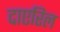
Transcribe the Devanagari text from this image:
दाएरिल